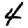
Digit: 4